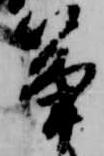
筝